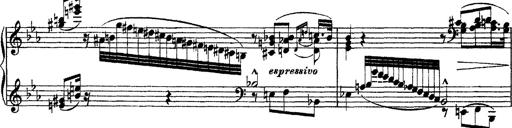
Title: Ã‰tudes d'exÃ©cution transcendante d'aprÃ¨s Paganini
Composer: Franz Liszt